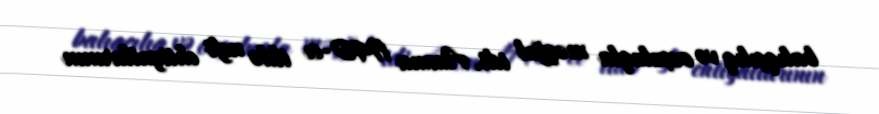
balıqçılıq və ovçuluqla məşğul idi. Amma 1940-cı ildə neft ehtiyatlarının